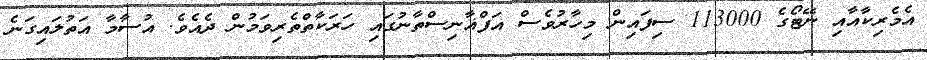
އެމެރިކާއާއި ނޭޓޯގެ 113000 ސިފައިން މިހާރުވެސް އަފްޣާނިސްތާނުގައި ހަރަކާތްތެރިވަމުން ދެއެވެ. އުސާމާ އަތުލައިގަނެ